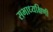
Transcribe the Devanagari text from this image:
सभाध्यक्षिणी